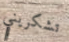
تشكريني